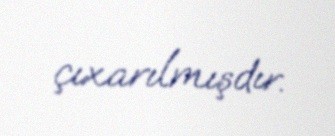
çıxarılmışdır.